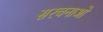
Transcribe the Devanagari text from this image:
सरचनाओ